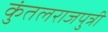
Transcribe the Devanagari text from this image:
कुंतलराजपुत्री